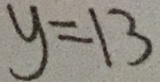
y = 1 3